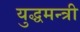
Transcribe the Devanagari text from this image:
युद्धमन्त्री